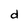
Character: d